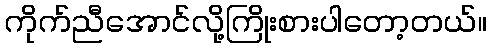
ကိုက်ညီအောင်လို့ကြိုးစားပါတော့တယ်။